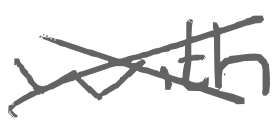
Text: with
Cross-out: cross
Writing tool: digital_gray